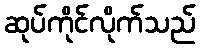
ဆုပ်ကိုင်လိုက်သည်